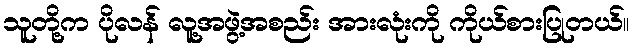
သူတို့က ပိုလန် လူ့အဖွဲ့အစည်း အားလုံးကို ကိုယ်စားပြုတယ်။